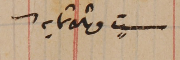
ستٍ وثلاثمايه.